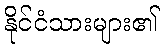
နိုင်ငံသားများ၏